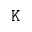
\mathtt { K }